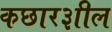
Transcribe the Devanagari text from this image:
कछार३ाील